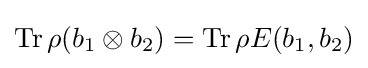
\operatorname {Tr} \rho (b_{1}\otimes b_{2})=\operatorname {Tr} \rho E(b_{1},b_{2})